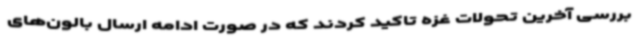
بررسی آخرین تحولات غزه تاکید کردند که در صورت ادامه ارسال بالون‌های